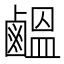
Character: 𪉸